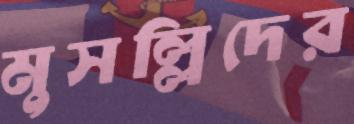
মুসল্লিদের